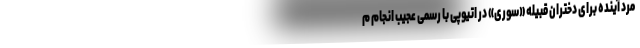
مرد آینده برای دختران قبیله «سوری» در اتیوپی با رسمی عجیب انجام م